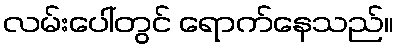
လမ်းပေါ်တွင် ရောက်နေသည်။